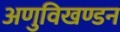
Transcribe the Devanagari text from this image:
अणुविखण्डन